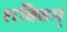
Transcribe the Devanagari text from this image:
शक्तिम्‌